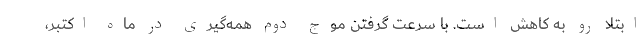
ابتلا رو به کاهش است. با سرعت گرفتن موج دوم همه‌گیری در ماه اکتبر،